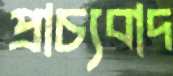
প্রাচ্যবাদ